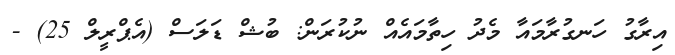
އިރާގު ހަނގުރާމައާ މެދު ހިތާމައެއް ނުކުރަން: ބުޝް ޑަލަސް (އެޕްރީލް 25) -